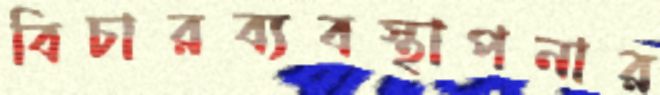
বিচারব্যবস্থাপনার